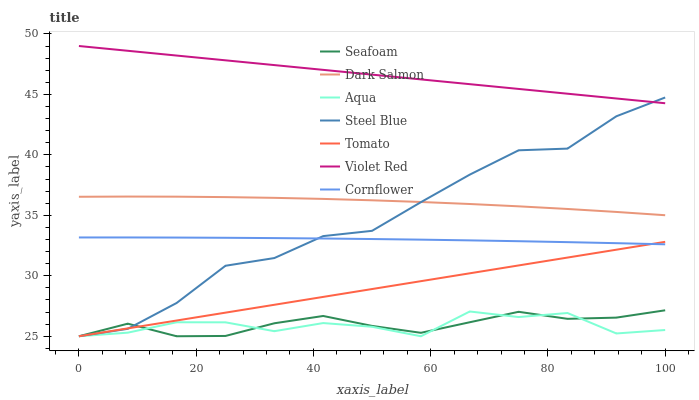
| xaxis_label | Seafoam | Dark Salmon | Aqua | Steel Blue | Tomato | Violet Red | Cornflower |
 | --- | --- | --- | --- | --- | --- | --- | --- |
 | 0 | 25 | 36.5 | 25 | 25 | 25 | 49 | 33.2 |
 | 8.33 | 26 | 36.6 | 25.3 | 25.6 | 25.7 | 48.6 | 33.2 |
 | 16.7 | 25 | 36.5 | 26.2 | 27.8 | 26.3 | 48.2 | 33.2 |
 | 25 | 25 | 36.5 | 26.2 | 30.8 | 27 | 47.8 | 33.1 |
 | 33.3 | 26.1 | 36.4 | 25.4 | 31.5 | 27.6 | 47.4 | 33.1 |
 | 41.7 | 26.7 | 36.4 | 26.1 | 33.3 | 28.3 | 47 | 33.1 |
 | 50 | 25.9 | 36.2 | 25.8 | 33.7 | 28.9 | 46.6 | 33 |
 | 58.3 | 25.3 | 36.1 | 25 | 36.1 | 29.6 | 46.2 | 33 |
 | 66.7 | 26.2 | 35.9 | 27 | 38.4 | 30.2 | 45.8 | 32.9 |
 | 75 | 27 | 35.7 | 26.6 | 40.4 | 30.9 | 45.5 | 32.9 |
 | 83.3 | 26.4 | 35.5 | 26.9 | 40.5 | 31.5 | 45.1 | 32.8 |
 | 91.7 | 26.5 | 35.3 | 25.2 | 43.2 | 32.2 | 44.7 | 32.7 |
 | 100 | 27.1 | 35 | 25.5 | 44.7 | 32.8 | 44.3 | 32.6 |